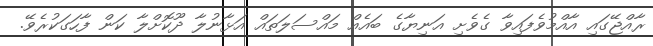
ރާއްޖޭގައި އާއްމުވެފައިވާ ގެވެށި އަނިޔާގެ ބައެއް މައްސަލަތައް އަޅާނުލާ ދޫކޮށްލާ ކަން ފާހަގަކުރެވޭ.